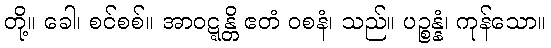
တို့။ ခေါ၊ စင်စစ်။ အာဝဋ္ဋန္တိ ဧတံ ဝစနံ၊ သည်။ ပဉ္စန္နံ၊ ကုန်သော။